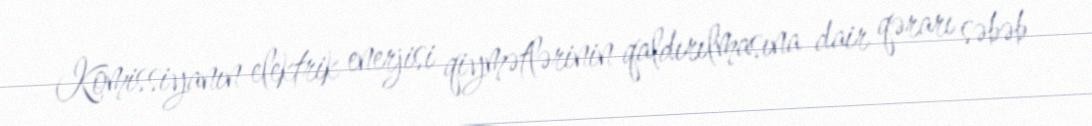
Komissiyanın elektrik enerjisi qiymətlərinin qaldırılmasına dair qərarı səbəb